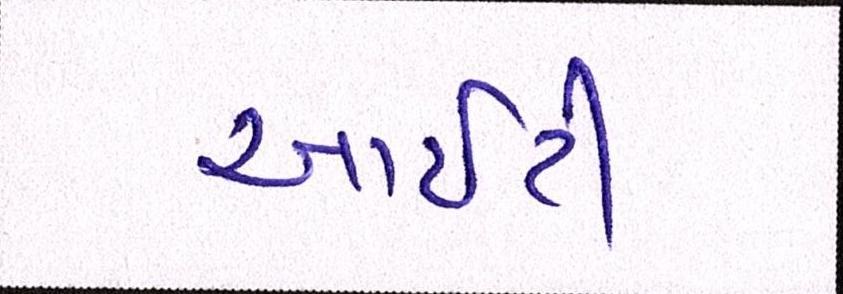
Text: આઇટી